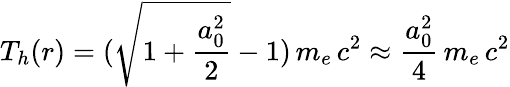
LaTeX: T_{h}(r)=(\sqrt{1+\frac{a_{0}^{2}}{2}}-1)\, m_{e}\, c^{2}\approx\frac{a_{0}^{2}}{4}\, m_{e}\, c^{2}